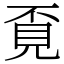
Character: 覔